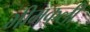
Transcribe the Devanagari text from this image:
भीमकली